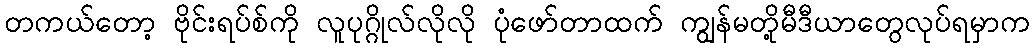
တကယ်တော့ ဗိုင်းရပ်စ်ကို လူပုဂ္ဂိုလ်လိုလို ပုံဖော်တာထက် ကျွန်မတို့မီဒီယာတွေလုပ်ရမှာက